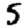
Digit: 5